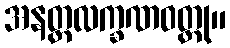
အနတ္တလက္ခဏဝတ္ထု။